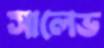
সালেভ